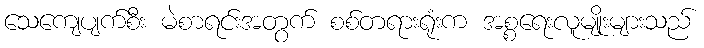
သေကျေပျက်စီး မဲစာရင်းအတွက် စစ်တရားရုံးက အစ္စရေးလူမျိုးများသည်